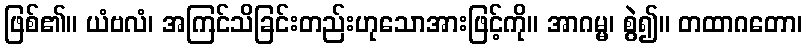
ဖြစ်၏။ ယံဗလံ၊ အကြင်သိခြင်းတည်းဟုသောအားဖြင့်ကို။ အာဂမ္မ၊ စွဲ၍။ တထာဂတော၊